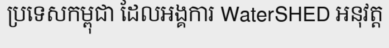
ប្រទេសកម្ពុជា ដែលអង្គការ WaterSHED អនុវត្ត